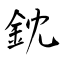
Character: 鈂